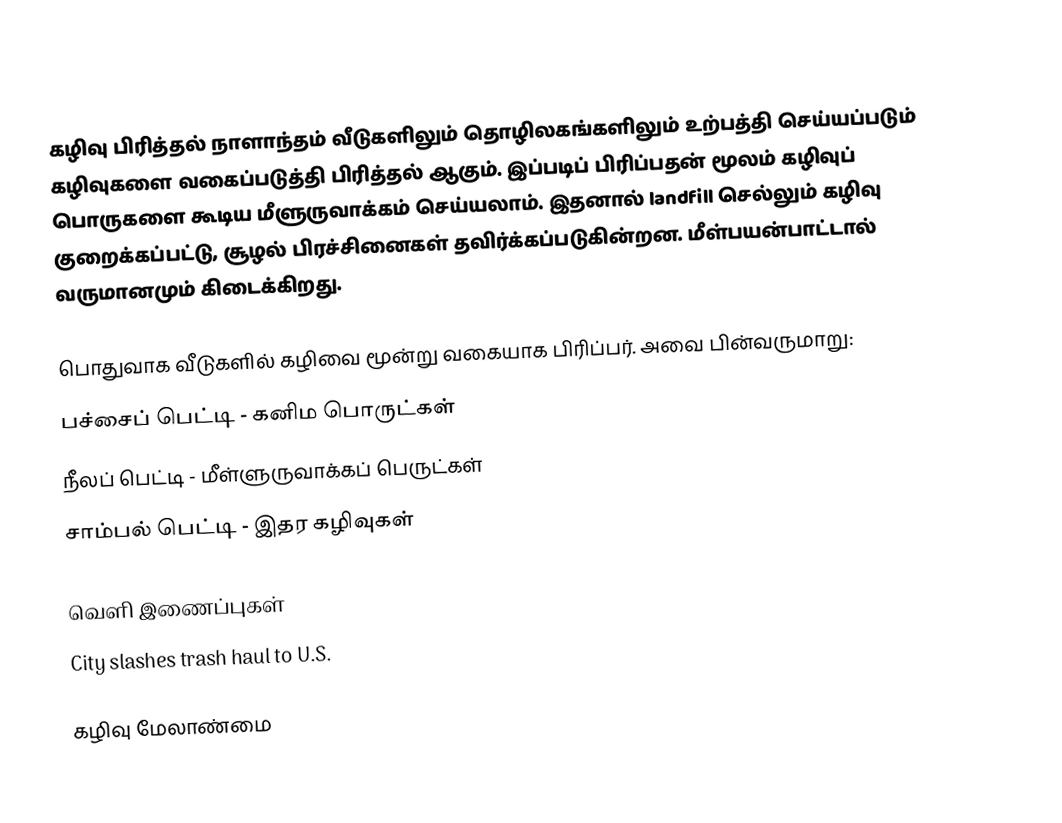
கழிவு பிரித்தல் நாளாந்தம் வீடுகளிலும் தொழிலகங்களிலும் உற்பத்தி செய்யப்படும் கழிவுகளை வகைப்படுத்தி பிரித்தல் ஆகும்.  இப்படிப் பிரிப்பதன் மூலம் கழிவுப் பொருகளை கூடிய மீளுருவாக்கம் செய்யலாம்.  இதனால் landfill செல்லும் கழிவு குறைக்கப்பட்டு, சூழல் பிரச்சினைகள் தவிர்க்கப்படுகின்றன.  மீள்பயன்பாட்டால் வருமானமும் கிடைக்கிறது.

பொதுவாக வீடுகளில் கழிவை மூன்று வகையாக பிரிப்பர். அவை பின்வருமாறு:
 பச்சைப் பெட்டி - கனிம பொருட்கள்
 நீலப் பெட்டி - மீள்ளுருவாக்கப் பெருட்கள்
 சாம்பல் பெட்டி - இதர கழிவுகள்

வெளி இணைப்புகள்
 City slashes trash haul to U.S.

கழிவு மேலாண்மை